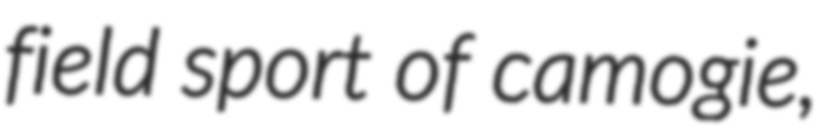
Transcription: field sport of camogie,